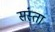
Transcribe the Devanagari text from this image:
संस्ता